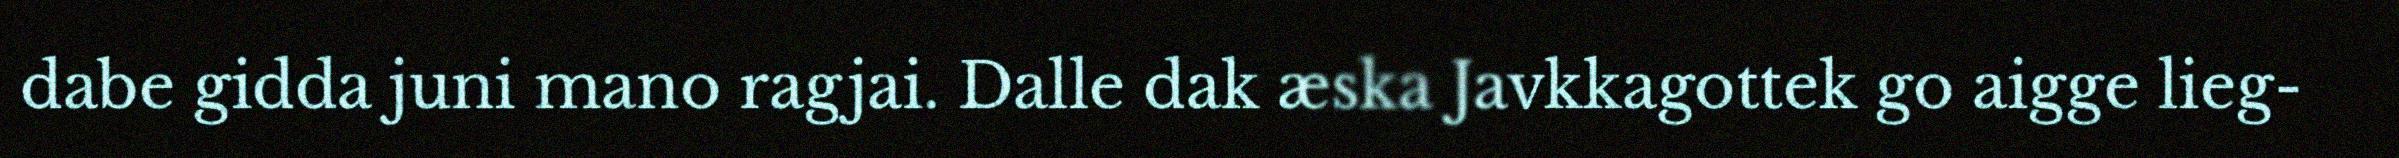
dabe gidda juni mano ragjai. Dalle dak æska Javkkagottek go aigge lieg-